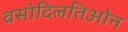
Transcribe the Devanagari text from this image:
वसोदिलतिओन